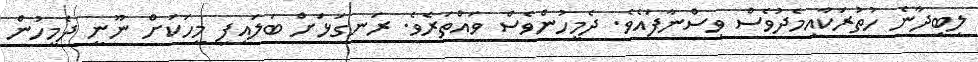
ލިބިދާނެ ހުތުރަކާއިމެދުވެސް ވިސްނާފައެވެ. ދެމީހުންވެސް ވައްތަރެވެ. ރަނގަޅަށް ބަލައިފި މީހަކަށް ނޫނީ ދެމީހުން